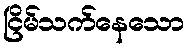
ငြိမ်သက်နေသော